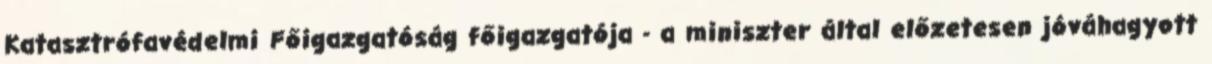
Katasztrófavédelmi Főigazgatóság főigazgatója - a miniszter által előzetesen jóváhagyott